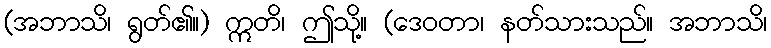
(အဘာသိ၊ ရွတ်၏။) ဣတိ၊ ဤသို့။ (ဒေဝတာ၊ နတ်သားသည်။ အဘာသိ၊